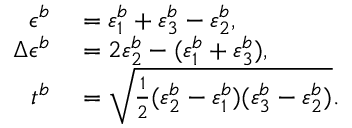
\begin{array} { r l } { \epsilon ^ { b } } & { { } = \varepsilon _ { 1 } ^ { b } + \varepsilon _ { 3 } ^ { b } - \varepsilon _ { 2 } ^ { b } , } \\ { \Delta \epsilon ^ { b } } & { { } = 2 \varepsilon _ { 2 } ^ { b } - ( \varepsilon _ { 1 } ^ { b } + \varepsilon _ { 3 } ^ { b } ) , } \\ { t ^ { b } } & { { } = \sqrt { \frac { 1 } { 2 } ( \varepsilon _ { 2 } ^ { b } - \varepsilon _ { 1 } ^ { b } ) ( \varepsilon _ { 3 } ^ { b } - \varepsilon _ { 2 } ^ { b } ) } . } \end{array}